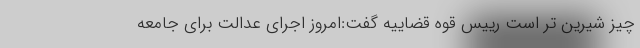
چیز شیرین تر است رییس قوه قضاییه گفت:امروز اجرای عدالت برای جامعه